Report of the Indian Hemp Drugs Commission, 1894-1895 - Volume IV
Year: 1894
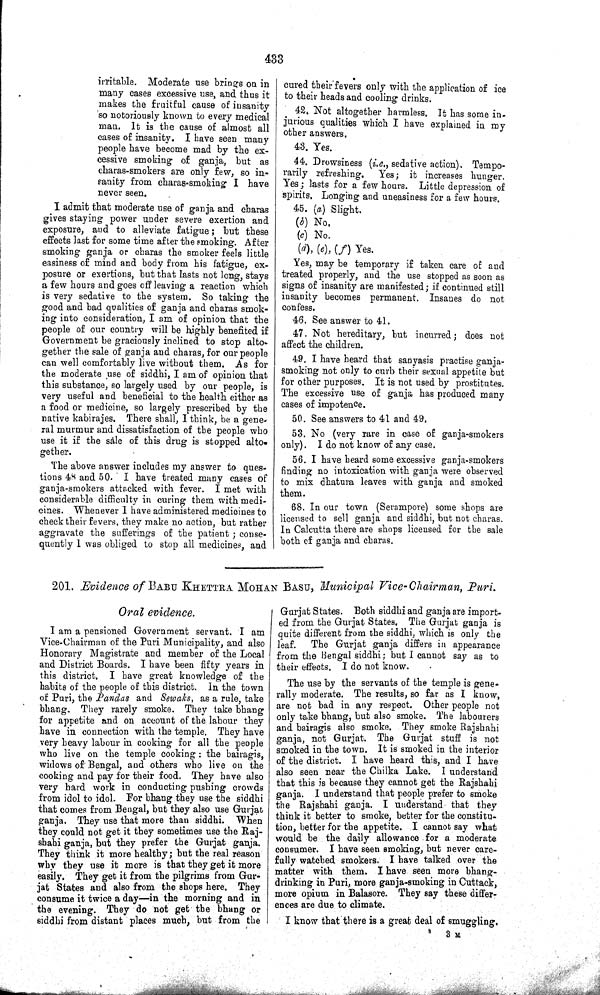
433
irritable. Moderate use brings on in
many cases excessive use, and thus it
makes the fruitful cause of insanity
so notoriously known to every medical
man. It is the cause of almost all
cases of insanity. I have seen many
people have become mad by the ex-
cessive smoking of ganja, but as
charas-smokers are only few, so in-
sanity from charas-smoking I have
never seen.
I admit that moderate use of ganja and charas
gives staying power under severe exertion and
exposure, and to alleviate fatigue; but these
effects last for some time after the smoking. After
smoking ganja or charas the smoker feels little
easiness of mind and body from his fatigue, ex-
posure or exertions, but that lasts not long, stays
a few hours and goes off leaving a reaction which
is very sedative to the system. So taking the
good and bad qualities of ganja and charas smok-
ing into consideration, I am of opinion that the
people of our country will be highly benefited if
Government be graciously inclined to stop alto-
gether the sale of ganja and charas, for our people
can well comfortably live without them. As for
the moderate use of siddhi, I am of opinion that
this substance, so largely used by our people, is
very useful and beneficial to the health either as
a food or medicine, so largely prescribed by the
native kabirajes. There shall, I think, be a gene-
ral murmur and dissatisfaction of the people who
use it if the sale of this drug is stopped alto-
gether.
The above answer includes my answer to ques-
tions 48 and 50. I have treated many cases of
ganja-smokers attacked with fever. I met with
considerable difficulty in curing them with medi-
cines. Whenever I have administered medicines to
check their fevers, they make no action, but rather
aggravate the sufferings of the patient; conse-
quently I was obliged to stop all medicines, and
cured their fevers only with the application of ice
to their heads and cooling drinks.
42. Not altogether harmless. It has some in-
jurious qualities which I have explained in my
other answers.
43. Yes.
44. Drowsiness (i.e., sedative action). Tempo-
rarily refreshing. Yes; it increases hunger.
Yes; lasts for a few hours. Little depression of
spirits, Longing and uneasiness for a few hours.
45. (a) Slight.
(b) No.
(c) No.
(d), (e), (f) Yes.
Yes, may be temporary if taken care of and
treated properly, and the use stopped as soon as
signs of insanity are manifested; if continued still
insanity becomes permanent. Insanes do not
confess.
46. See answer to 41.
47. Not hereditary, but incurred; does not
affect the children.
49. I have heard that sanyasis practise ganja-
smoking not only to curb their sexual appetite but
for other purposes. It is not used by prostitutes.
The excessive use of ganja has produced many
cases of impotence.
50. See answers to 41 and 49.
53. No (very rare in case of ganja-smokers
only). I do not know of any case.
56. I have heard some excessive ganja-smokers
finding no intoxication with ganja were observed
to mix dhatura leaves with ganja and smoked
them.
68. In our town (Serampore) some shops are
licensed to sell ganja and siddhi, but not charas.
In Calcutta there are shops licensed for the sale
both of ganja and charas.
201. Evidence of BABU KHETTRA MOHAN BASU, Municipal Vice-Chairman, Puri.
Oral evidence.
I am a pensioned Government servant. I am
Vice-Chairman of the Puri Municipality, and also
Honorary Magistrate and member of the Local
and District Boards. I have been fifty years in
this district. I have great knowledge of the
habits of the people of this district. In the town
of Puri, the Pandas and Sewaks, as a rule, take
bhang. They rarely smoke. They take bhang
for appetite and on account of the labour they
have in connection with the temple. They have
very heavy labour in cooking for all the people
who live on the temple cooking: the bairagis,
widows of Bengal, and others who live on the
cooking and pay for their food. They have also
very hard work in conducting pushing crowds
from idol to idol. For bhang they use the siddhi
that comes from Bengal, but they also use Gurjat
ganja. They use that more than siddhi. When
they could not get it they sometimes use the Raj-
shahi ganja, but they prefer the Gurjat ganja.
They think it more healthy; but the real reason
why they use it more is that they get it more
easily. They get it from the pilgrims from Gur-
jat States and also from the shops here. They
consume it twice a day—in the morning and in
the evening. They do not get the bhang or
siddhi from distant places much, but from the
Gurjat States. Both siddhi and ganja are import-
ed from the Gurjat States. The Gurjat ganja is
quite different from the siddhi, which is only the
leaf.
The Gurjat ganja differs in appearance
from the Bengal siddhi; but I cannot say as to
their effects. I do not know.
The use by the servants of the temple is gene-
rally moderate. The results, so far as I know,
are not bad in any respect. Other people not
only take bhang, but also smoke. The labourers
and bairagis also smoke. They smoke Rajshahi
ganja, not Gurjat. The Gurjat stuff is not
smoked in the town. It is smoked in the interior
of the district. I have heard this, and I have
also seen near the Chilka Lake. I understand
that this is because they cannot get the Rajshahi
ganja. I understand that people prefer to smoke
the Rajshahi ganja. I understand that they
think it better to smoke, better for the constitu-
tion, better for the appetite. I cannot say what
would be the daily allowance for a moderate
consumer. I have seen smoking, but never care-
fully watched smokers. I have talked over the
matter with them. I have seen more bhang-
drinking in Puri, more ganja-smoking in Cuttack,
more opium in Balasore. They say these differ-
ences are due to climate.
I know that there is a great deal of smuggling.
3 M